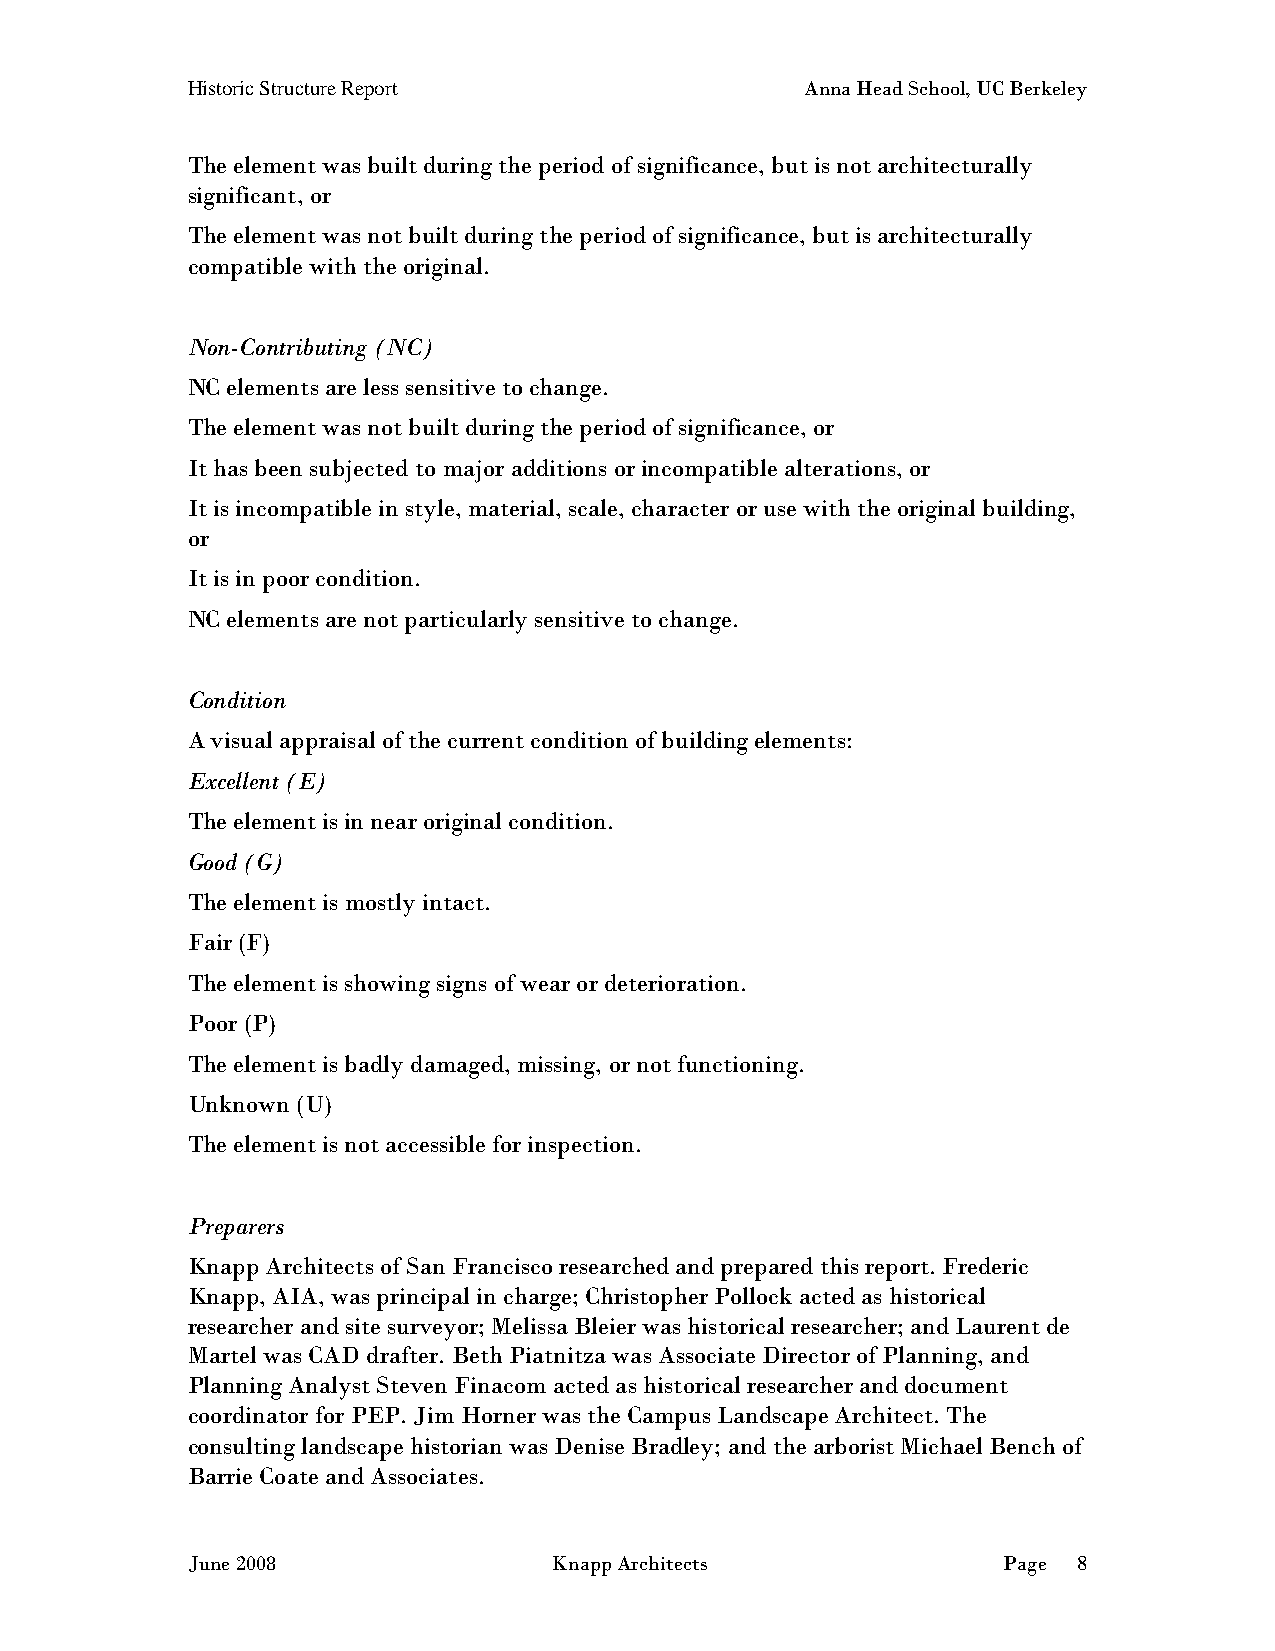
Historic Structure Report                Anna Head School, UC Berkeley
 The element was built during the period of significance, but is not architecturally
 significant, or
 The element was not built during the period of significance, but is architecturally
 compatible with the original.
 Non-Contributing (NC)
 NC elements are less sensitive to change.
 The element was not built during the period of significance, or
 It has been subjected to major additions or incompatible alterations, or
 It is incompatible in style, material, scale, character or use with the original building,
 or
 It is in poor condition.
 NC elements are not particularly sensitive to change.
 Condition
 A visual appraisal of the current condition of building elements:
 Excellent (E)
 The element is in near original condition.
 Good (G)
 The element is mostly intact.
 Fair (F)
 The element is showing signs of wear or deterioration.
 Poor (P)
 The element is badly damaged, missing, or not functioning.
 Unknown (U)
 The element is not accessible for inspection.
 Preparers
 Knapp Architects of San Francisco researched and prepared this report. Frederic
 Knapp, AIA, was principal in charge; Christopher Pollock acted as historical
 researcher and site surveyor; Melissa Bleier was historical researcher; and Laurent de
 Martel was CAD drafter. Beth Piatnitza was Associate Director of Planning, and
 Planning Analyst Steven Finacom acted as historical researcher and document
 coordinator for PEP. Jim Horner was the Campus Landscape Architect. The
 consulting landscape historian was Denise Bradley; and the arborist Michael Bench of
 Barrie Coate and Associates.
 June 2008                Knapp Architects             Page 8